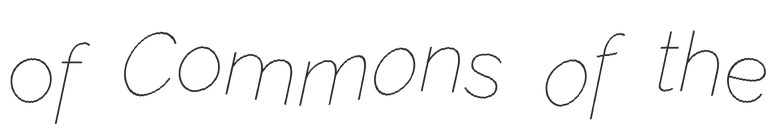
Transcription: of Commons of the